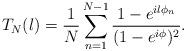
LaTeX: \begin{align*}T_N(l)= \frac{1}{N}\sum_{n=1}^{N-1} \frac{1-e^{il\phi_n}}{(1-e^{i\phi})^2}.\end{align*}